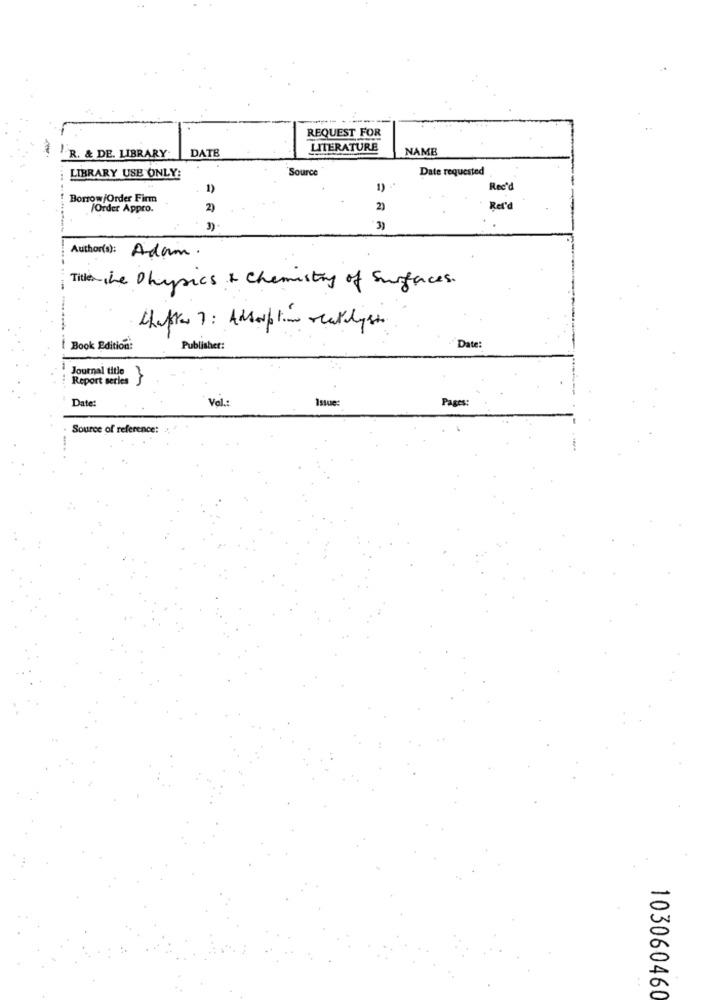
REQUEST FOR
DATE
LITERATURE
NAME
R. & DE. LIBRARY
Source
Date requested
LIBRARY USE ONLY:
1)
1)
Rec'd
Borrow/Order Firm
/Order Appro.
2)
2)
Rer'a
3)
Author(s): Adam.
Title the Physics & Chemistry of Surfaces.
Cheffe 7: Adsorption reallyst.
Book Edition:
Publisher:
Date:
Journal title}
Report serles
Issue:
Pages:
Date:
Val.
Source of reference:
103060460